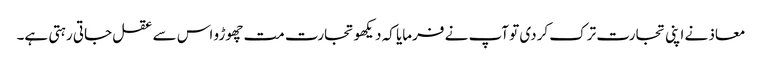
معاذ نے اپنی تجارت ترک کردی تو آپ نے فرمایا کہ دیکھو تجارت مت چھوڑو اس سے عقل جاتی رہتی ہے۔